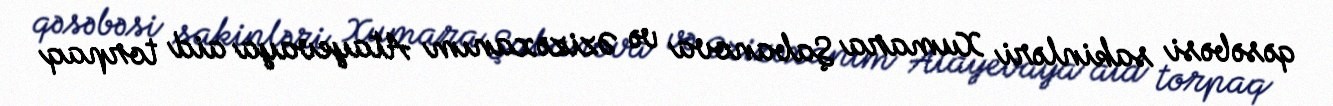
qəsəbəsi sakinləri Xumara Şabanova və Əzizəxanım Atayevaya aid torpaq